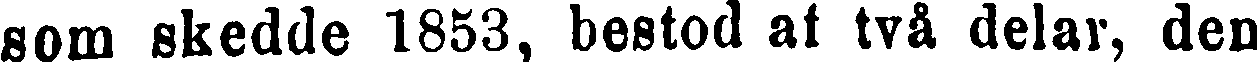
som skedde 1853, bestod af två delar, den